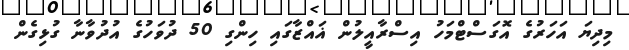
މިދިޔަ އަހަރުގެ އޮގަސްޓްމަހު އިސްރާއީލުން ޣައްޒާގައި ހިންގި 50 ދުވަހުގެ އުދުވާނާ ގުޅިގެން